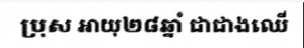
ប្រុស អាយុ២៨ឆ្នាំ ជាជាងឈើ